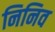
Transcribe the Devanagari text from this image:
निनिव